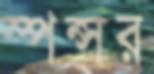
স্পন্সর